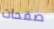
صفحات